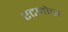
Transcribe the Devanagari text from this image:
एटमोस